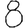
Digit: 8